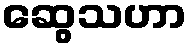
ဆွေသဟာ